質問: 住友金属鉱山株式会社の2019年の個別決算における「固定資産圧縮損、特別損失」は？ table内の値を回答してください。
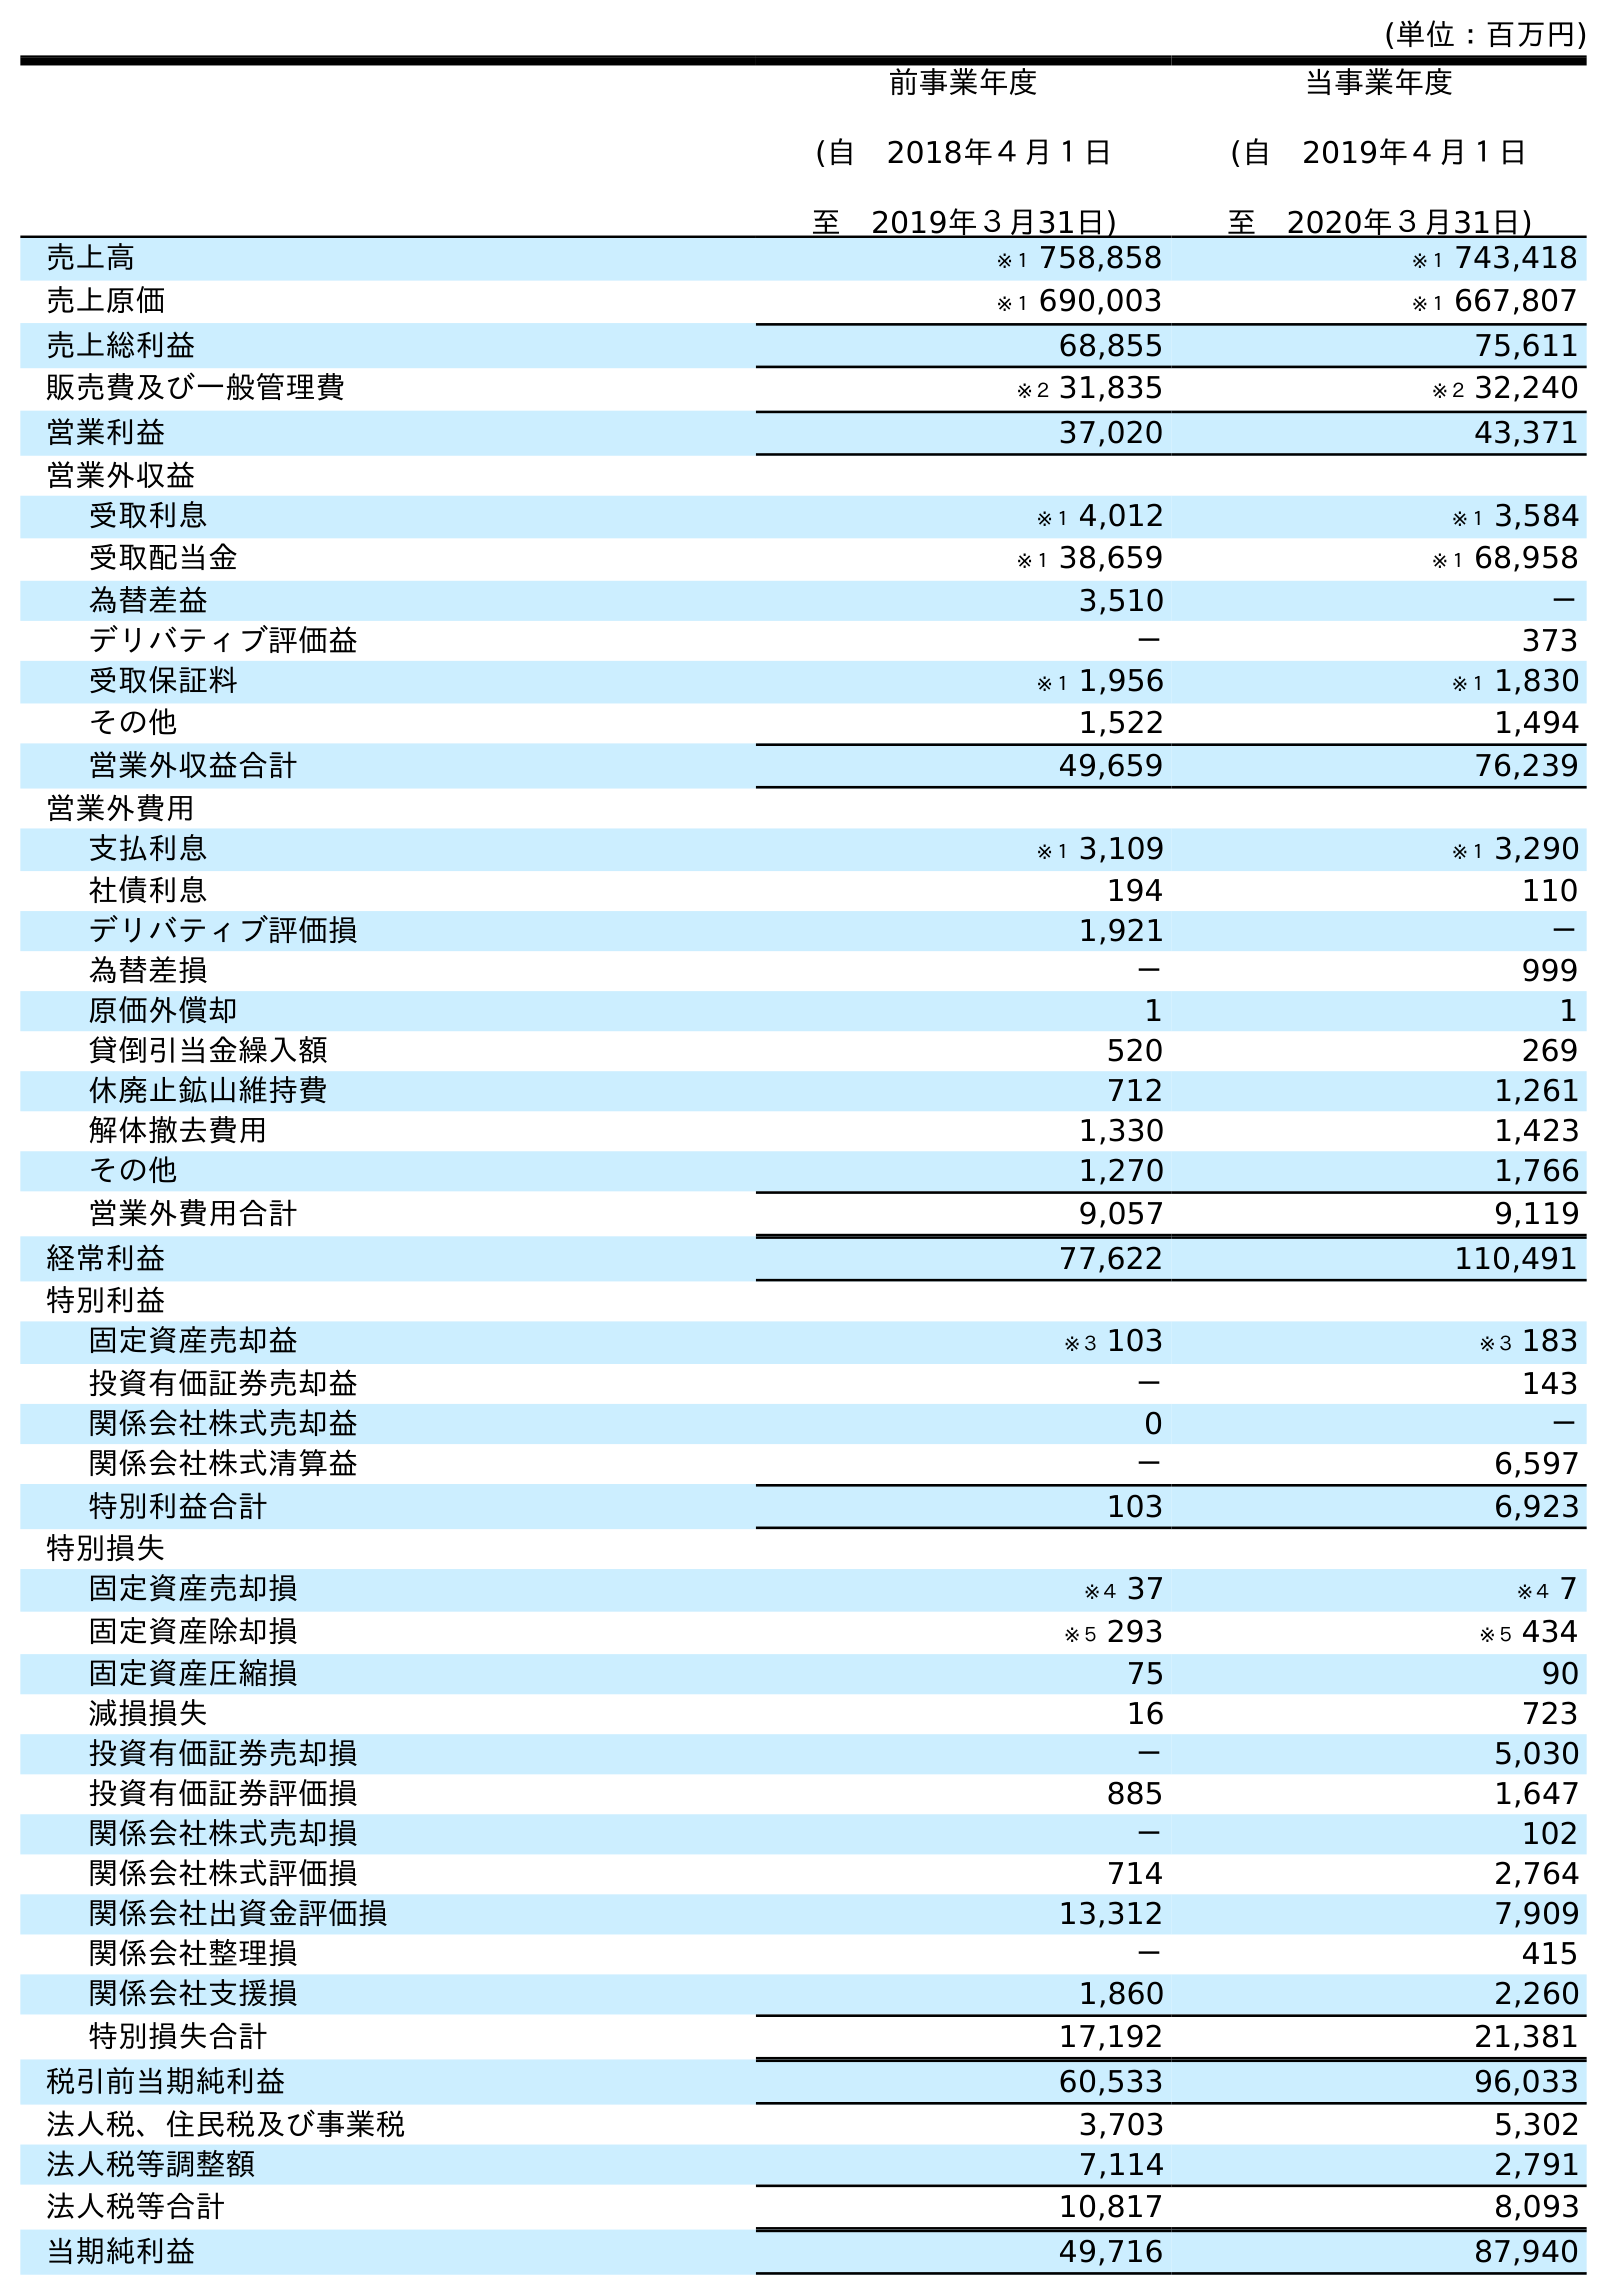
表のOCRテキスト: (単位：百万円) 前事業年度 (自 2018年４月１日 至 2019年３月31日) 当事業年度 (自 2019年４月１日 至 2020年３月31日) 売上高 ※１ 758,858 ※１ 743,418 売上原価 ※１ 690,003 ※１ 667,807 売上総利益 68,855 75,611 販売費及び一般管理費 ※２ 31,835 ※２ 32,240 営業利益 37,020 43,371 営業外収益 受取利息 ※１ 4,012 ※１ 3,584 受取配当金 ※１ 38,659 ※１ 68,958 為替差益 3,510 － デリバティブ評価益 － 373 受取保証料 ※１ 1,956 ※１ 1,830 その他 1,522 1,494 営業外収益合計 49,659 76,239 営業外費用 支払利息 ※１ 3,109 ※１ 3,290 社債利息 194 110 デリバティブ評価損 1,921 － 為替差損 － 999 原価外償却 1 1 貸倒引当金繰入額 520 269 休廃止鉱山維持費 712 1,261 解体撤去費用 1,330 1,423 その他 1,270 1,766 営業外費用合計 9,057 9,119 経常利益 77,622 110,491 特別利益 固定資産売却益 ※３ 103 ※３ 183 投資有価証券売却益 － 143 関係会社株式売却益 0 － 関係会社株式清算益 － 6,597 特別利益合計 103 6,923 特別損失 固定資産売却損 ※４ 37 ※４ 7 固定資産除却損 ※５ 293 ※５ 434 固定資産圧縮損 75 90 減損損失 16 723 投資有価証券売却損 － 5,030 投資有価証券評価損 885 1,647 関係会社株式売却損 － 102 関係会社株式評価損 714 2,764 関係会社出資金評価損 13,312 7,909 関係会社整理損 － 415 関係会社支援損 1,860 2,260 特別損失合計 17,192 21,381 税引前当期純利益 60,533 96,033 法人税、住民税及び事業税 3,703 5,302 法人税等調整額 7,114 2,791 法人税等合計 10,817 8,093 当期純利益 49,716 87,940
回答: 75